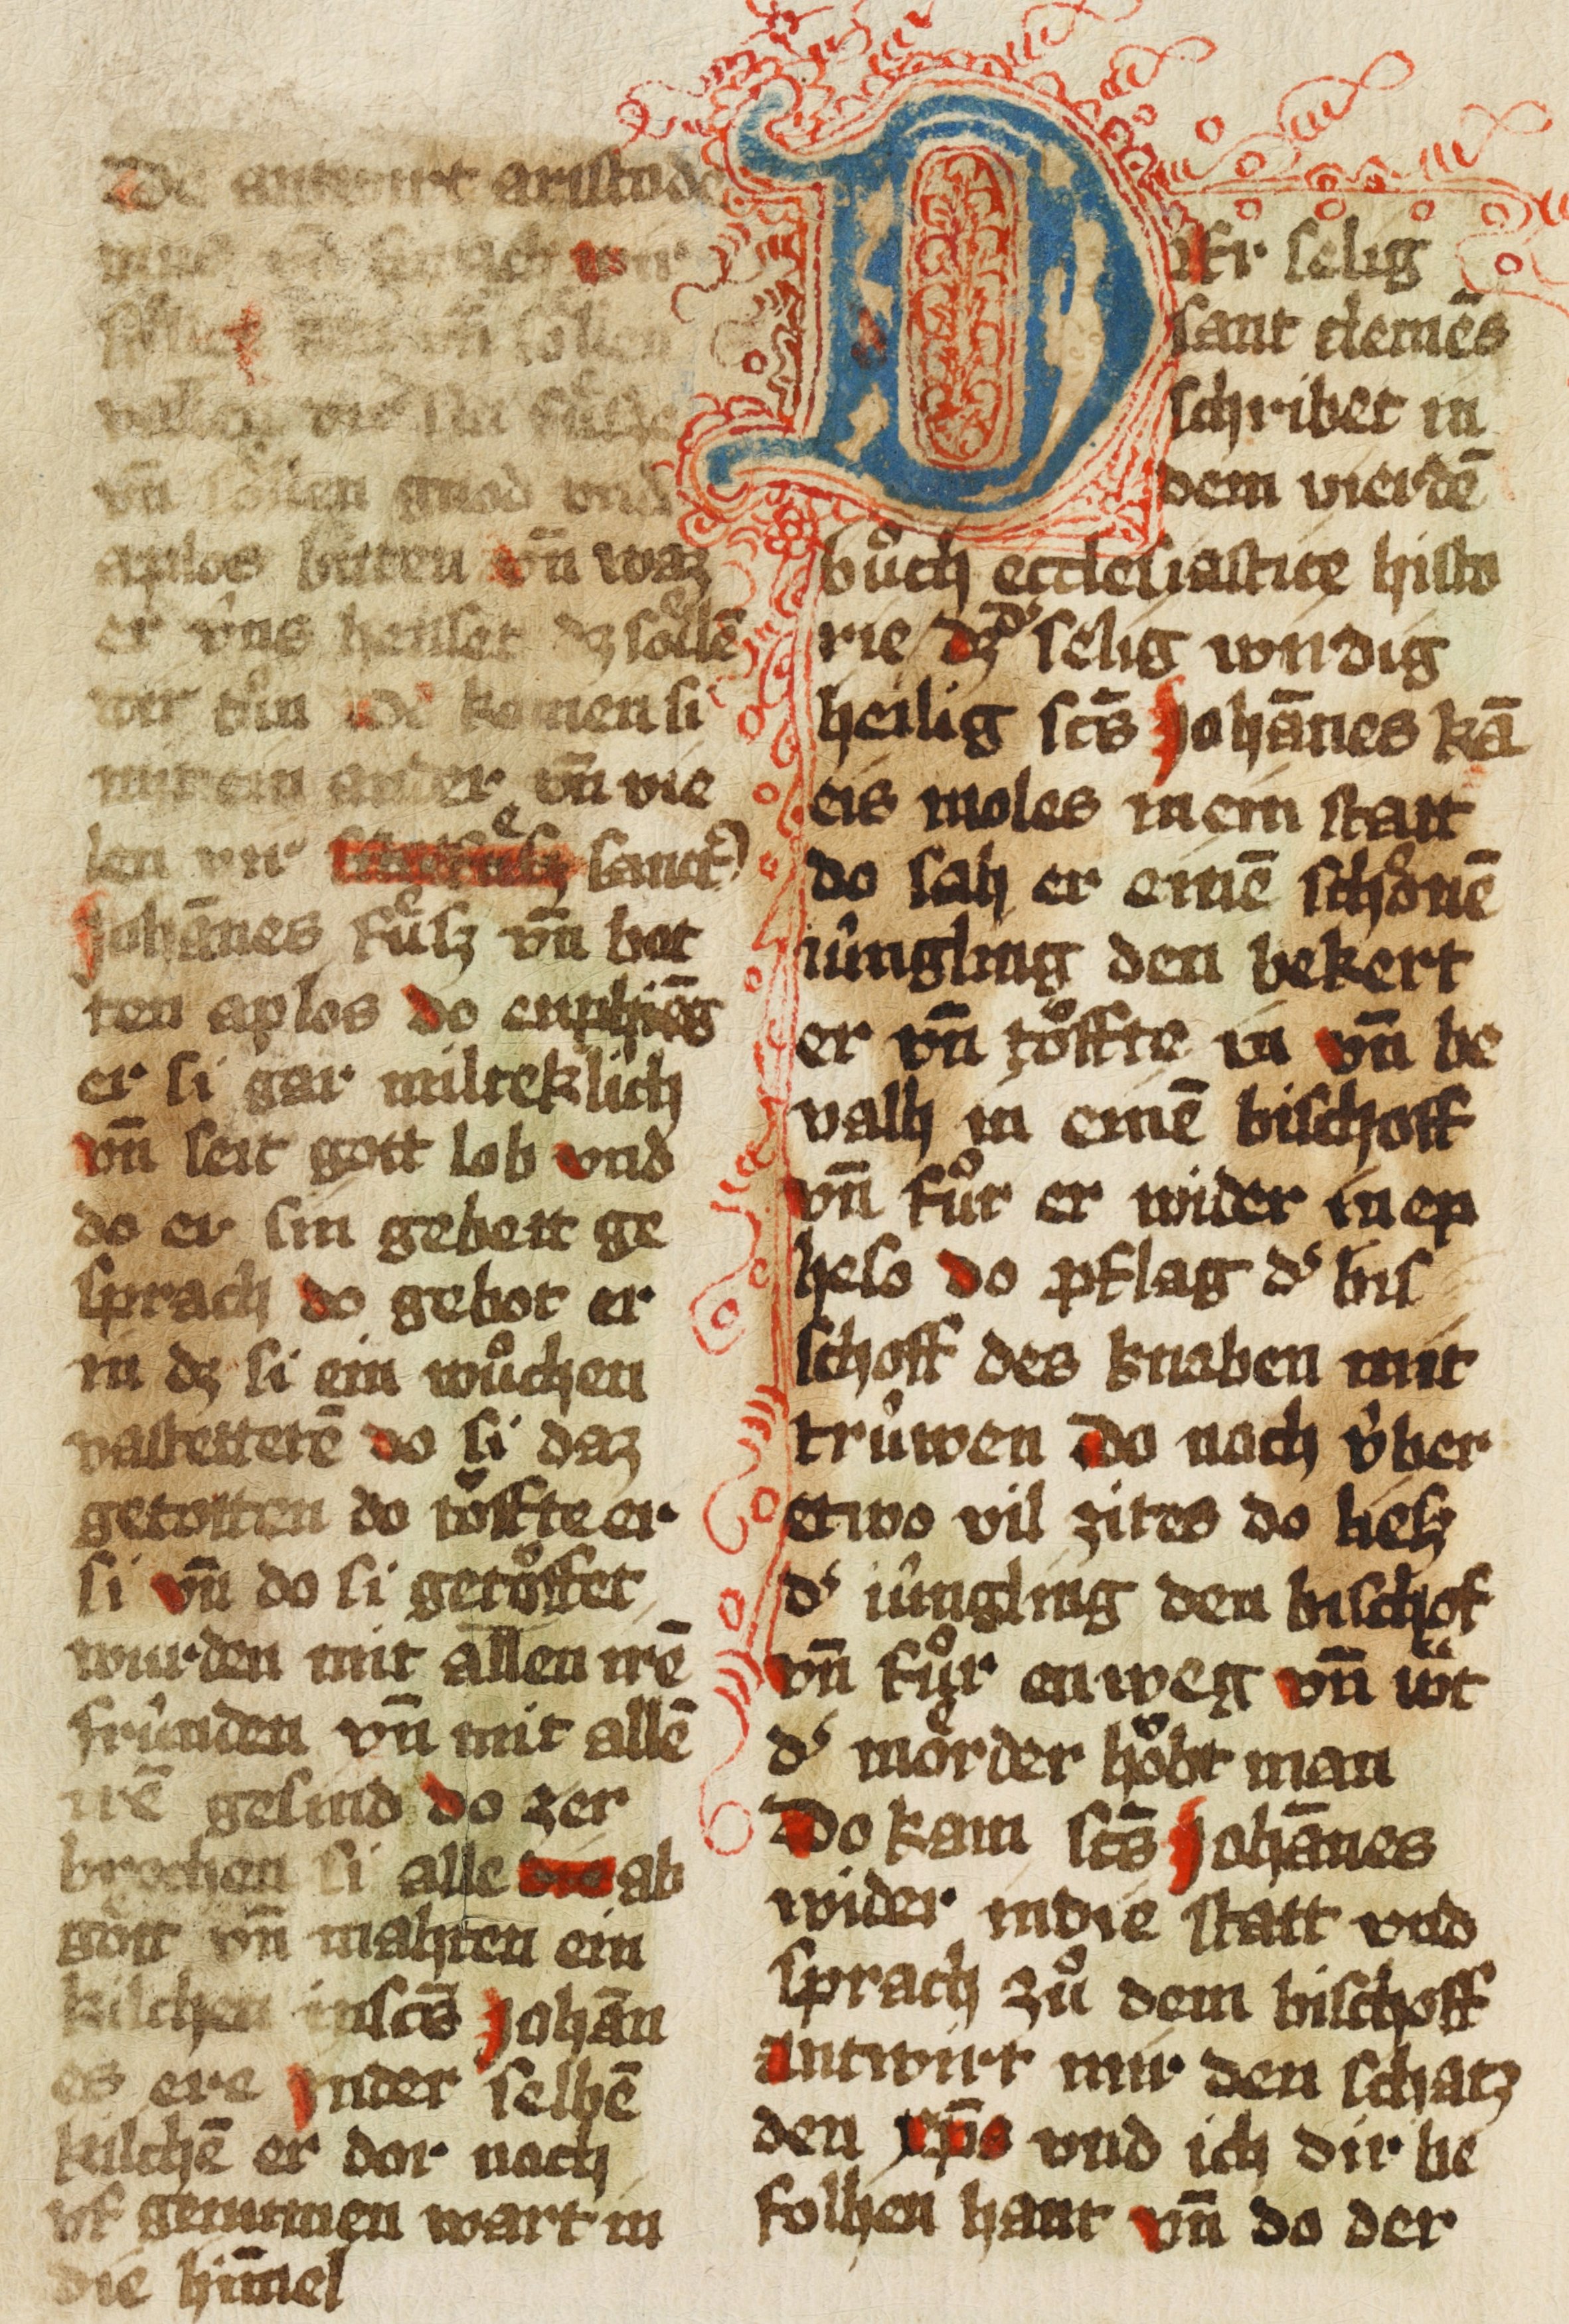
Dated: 1493–1493